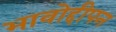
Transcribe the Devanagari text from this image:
भावोद्दीपन